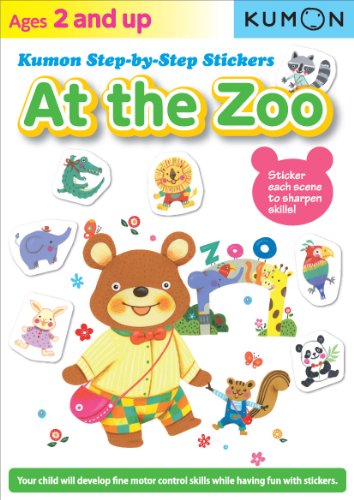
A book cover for Kumon Step-by-Step Stickers:  At the Zoo; Kumon Publishing; Humor & Entertainment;